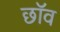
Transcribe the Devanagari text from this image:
छाॅव